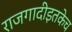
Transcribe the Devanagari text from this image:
राजगादीइतकेच